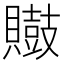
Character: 𪔡